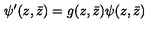
\psi ^ { \prime } ( z , \bar { z } ) = g ( z , \bar { z } ) \psi ( z , \bar { z } )